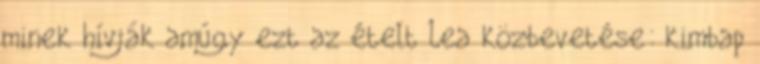
minek hívják amúgy ezt az ételt Lea közbevetése: kimbap